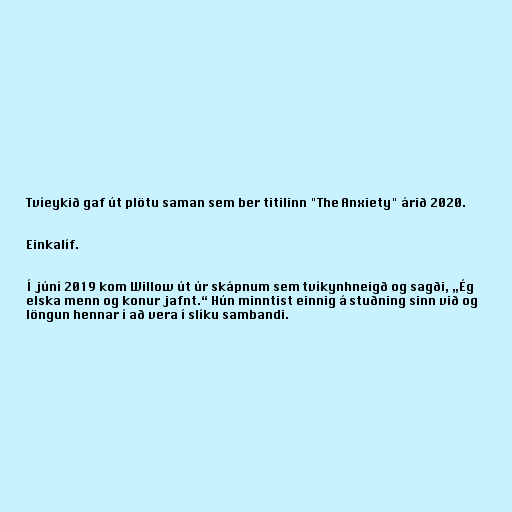
Tvíeykið gaf út plötu saman sem ber titilinn "The Anxiety" árið 2020.

Einkalíf.

Í júní 2019 kom Willow út úr skápnum sem tvíkynhneigð og sagði, „Ég
elska menn og konur jafnt.“ Hún minntist einnig á stuðning sinn við og
löngun hennar í að vera í slíku sambandi.